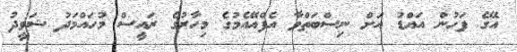
އޭގެ ފަހުން އައްޑު އަށް ނިސްބަތްވާ އެފްއޭއެމުގެ މިހާރުގެ ރައީސް މުހައްމަދު ޝަވީދު